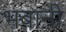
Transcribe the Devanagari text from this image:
भबानी